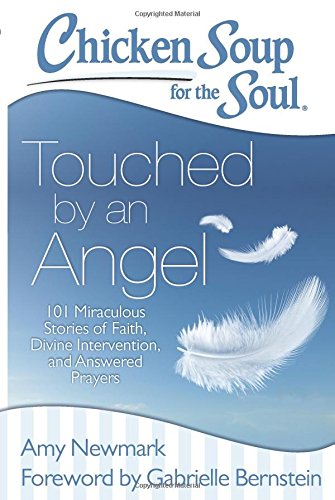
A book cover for Chicken Soup for the Soul: Touched by an Angel: 101 Miraculous Stories of Faith, Divine Intervention, and Answered Prayers; Amy Newmark; Christian Books & Bibles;